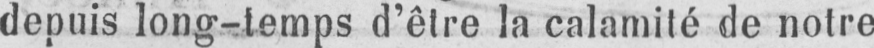
depuis long-temps d’être la calamité de notre